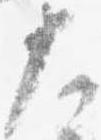
大